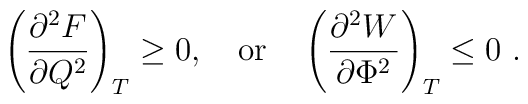
\left({\partial^2 F\over \partial Q^2}\right)_T\geq 0, \quad {\rm or}\quad \left({\partial^2 W\over \partial \Phi^2}\right)_T\leq 0\ .